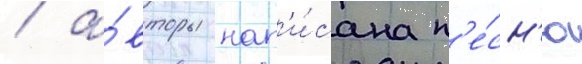
/ а́вторы нап'и́сана п'е́сн'ю